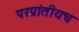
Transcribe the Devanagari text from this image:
परप्रांतीयच